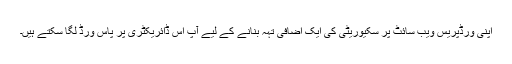
اپنی ورڈپریس ویب سائٹ پر سکیوریٹی کی ایک اضافی تہہ بنانے کے لیے آپ اس ڈائریکٹری پر پاس ورڈ لگا سکتے ہیں۔